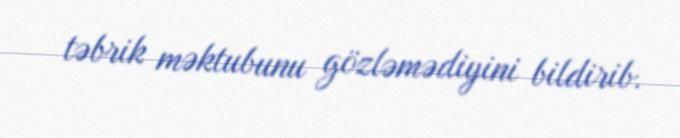
təbrik məktubunu gözləmədiyini bildirib.